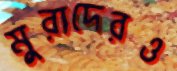
মুরাদেরও